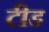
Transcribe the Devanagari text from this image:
टीड